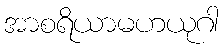
အာစရိယာမဟယုဂါ